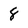
Character: 8